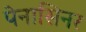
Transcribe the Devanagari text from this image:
पेनासिनर